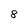
Character: 8